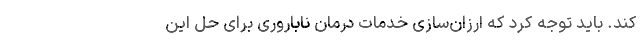
کند. باید توجه کرد که ارزان‌سازی خدمات درمان ناباروری برای حل این